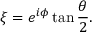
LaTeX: \xi = e ^ { i \phi } \tan { \frac { \theta } { 2 } } .